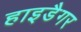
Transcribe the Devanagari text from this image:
हाइडैगर